Report of the Bombay Plague Committee
Disease focus: Plague
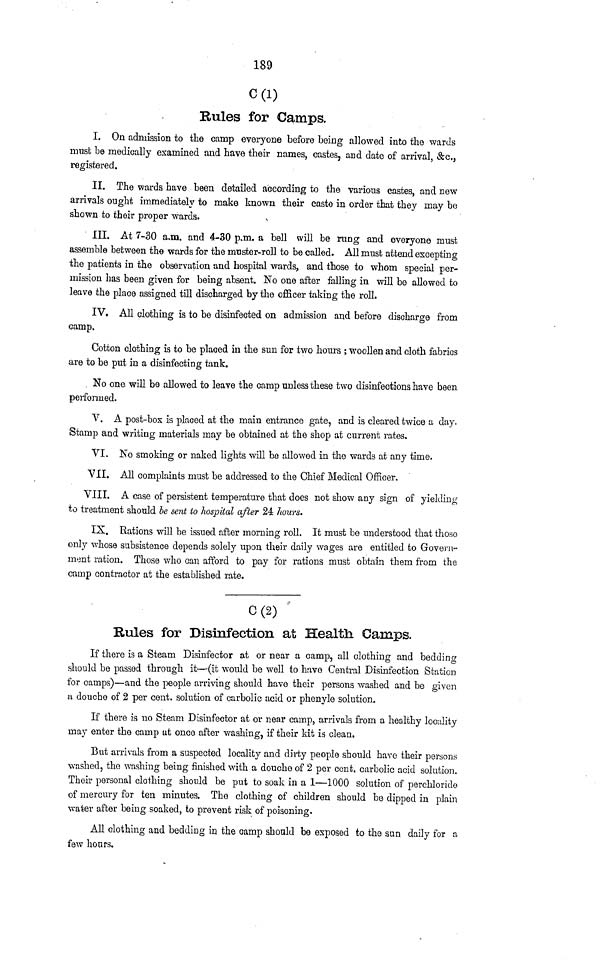
189
C (1)
Rules for Camps.
I. On admission to the camp everyone before being allowed into the wards
must be medically examined and have their names, castes, and date of arrival, &c.,
registered.
II. The wards have been detailed according to the various castes, and new
arrivals ought immediately to make known their caste in order that they may be
shown to their proper wards.
III. At 7-30 a.m. and 4-30 p.m. a bell will be rung and everyone must
assemble between the wards for the muster-roll to be called. All must attend excepting
the patients in the observation and hospital wards, and those to whom special per-
mission has been given for being absent. No one after falling in will be allowed to
leave the place assigned till discharged by the officer taking the roll.
IV. All clothing is to be disinfected on admission and before discharge from
camp.
Cotton clothing is to be placed in the sun for two hours ; woollen and cloth fabrics
are to be put in a disinfecting tank.
No one will be allowed to leave the camp unless these two disinfections have been
performed.
V. A post-box is placed at the main entrance gate, and is cleared twice a day.
Stamp and writing materials may be obtained at the shop at current rates.
VI. No smoking or naked lights will be allowed in the wards at any time.
VII. All complaints must be addressed to the Chief Medical Officer.
VIII. A case of persistent temperature that does not show any sign of yielding
to treatment should be sent to hospital after 24 hours.
IX. Rations will be issued after morning roll. It must be understood that those
only whose subsistence depends solely upon their daily wages are entitled to Govern-
ment ration. Those who can afford to pay for rations must obtain them from the
camp contractor at the established rate.
C (2)
Bules for Disinfection at Health Camps.
If there is a Steam Disinfector at or near a camp, all clothing and bedding
should be passed through it—(it would be well to have Central Disinfection Station
for camps)—and the people arriving should have their persons washed and be given
a douche of 2 per cent, solution of carbolic acid or phenyle solution.
If there is no Steam Disinfector at or near camp, arrivals from a healthy locality
may enter the camp at once after washing, if their kit is clean.
But arrivals from a suspected locality and dirty people should have their persons
washed, the washing being finished with a douche of 2 per cent, carbolic acid solution.
Their personal clothing should be put to soak in a 1—1000 solution of perchlorido
of mercury for ten minutes. The clothing of children should be dipped in plain
water after being soaked, to prevent risk of poisoning.
All clothing and bedding in the camp should be exposed to the sun daily for a
few hours.